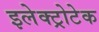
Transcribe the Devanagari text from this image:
इलेक्ट्रोटेक